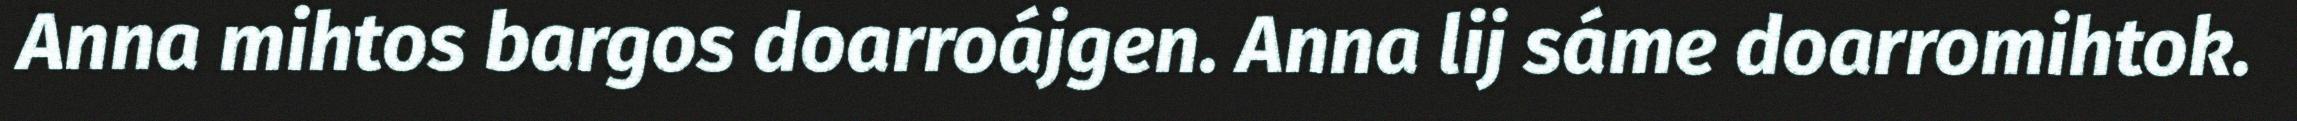
Anna mihtos bargos doarroájgen. Anna lij sáme doarromihtok.